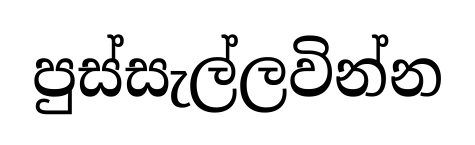
පුස්සැල්ලවින්න